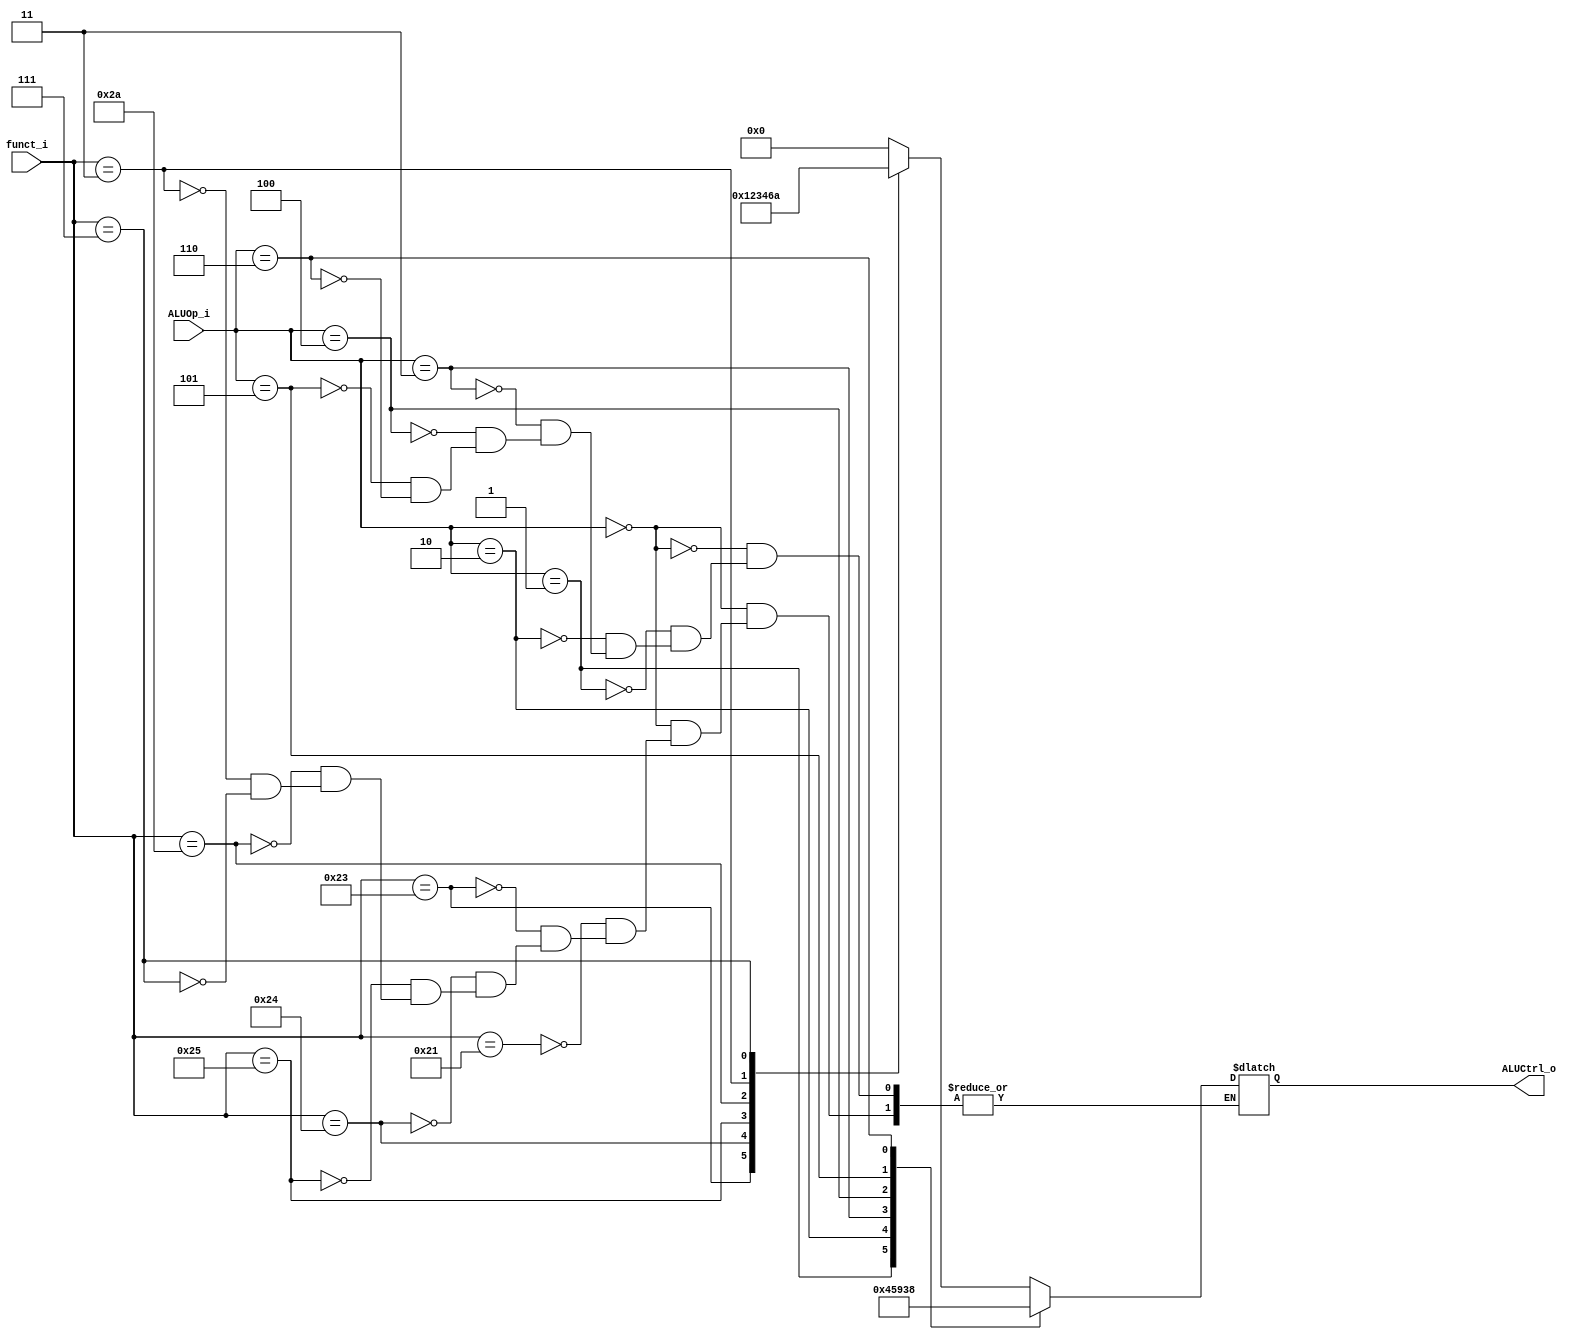
//Subject:     CO project 2 - ALU Controller
//--------------------------------------------------------------------------------
//Version:     1
//--------------------------------------------------------------------------------
//Writer:      
//----------------------------------------------
//Date:        
//----------------------------------------------
//Description: 
//--------------------------------------------------------------------------------

module ALU_Ctrl(
          funct_i,
          ALUOp_i,
          ALUCtrl_o
          );
          
//I/O ports 
input      [6-1:0] funct_i;
input      [3-1:0] ALUOp_i;

output     [4-1:0] ALUCtrl_o;    
     
//Internal Signals
reg        [4-1:0] ALUCtrl_o;

//Parameter
localparam
 	alu_add=4'd0,
	alu_sub=4'd1,
    alu_and=4'd2,
    alu_or=4'd3,
    alu_slt=4'd4,
	alu_beq=4'd5,
	alu_sra=4'd6,
	alu_lui=4'd7,
	alu_bne=4'd8,
	alu_lup=4'd9,
	alu_srav=4'd10;
//Select exact operation

always@(*)
begin
	case(ALUOp_i)
	3'b000:begin    // R-Type
	    case(funct_i)
	    	6'b100001:ALUCtrl_o=alu_add;
	    	6'b100011:ALUCtrl_o=alu_sub;
	    	6'b100100:ALUCtrl_o=alu_and;
	    	6'b100101:ALUCtrl_o=alu_or;
	    	6'b101010:ALUCtrl_o=alu_slt;
	    	6'b000011:ALUCtrl_o=alu_sra;
	    	6'b000111:ALUCtrl_o=alu_srav;
		endcase		
	 end//however the addi version
	3'b001:begin   	// addi
		ALUCtrl_o=alu_add;
	 end//however the beq version
	3'b010:begin	// sltiu
	    ALUCtrl_o=alu_slt;	
	 end
	3'b011:begin 	// beq
		ALUCtrl_o=alu_beq; 
	 end//however the beq version
	3'b100:begin 	// lup
		ALUCtrl_o=alu_lup; 
	 end
	3'b101:begin 	// ori
		ALUCtrl_o=alu_or;
	 end
	3'b110:begin 	// bne
		ALUCtrl_o=alu_bne;
	 end
	endcase
end

endmodule